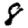
Digit: 8